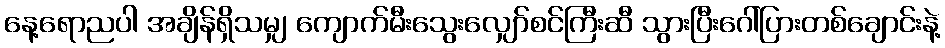
နေ့ရောညပါ အချိန်ရှိသမျှ ကျောက်မီးသွေးလျှော်စင်ကြီးဆီ သွားပြီးဂေါ်ပြားတစ်ချောင်းနဲ့